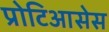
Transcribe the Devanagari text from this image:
प्रोटिआसेस